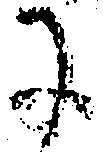
に